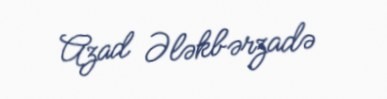
Azad Ələkbərzadə